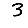
Digit: 3